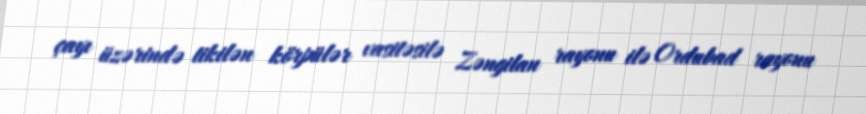
çayı üzərində tikilən körpülər vasitəsilə Zəngilan rayonu ilə Ordubad rayonu